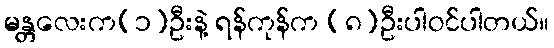
မန္တလေးက(၁)ဦးနဲ့ ရန်ကုန်က (၈)ဦးပါဝင်ပါတယ်။